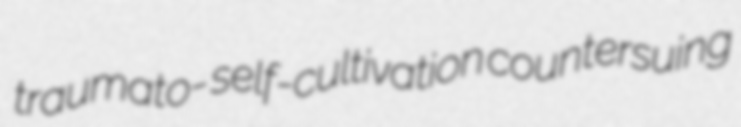
traumato- self-cultivation countersuing